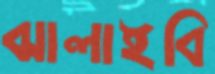
ঝালাইবি